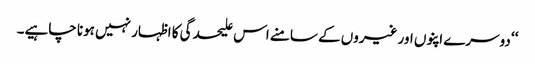
‘‘ دوسرے اپنوں اور غیروں کے سامنے اس علیحدگی کا اظہار نہیں ہونا چاہیے۔